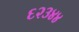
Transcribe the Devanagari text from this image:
६२३४४